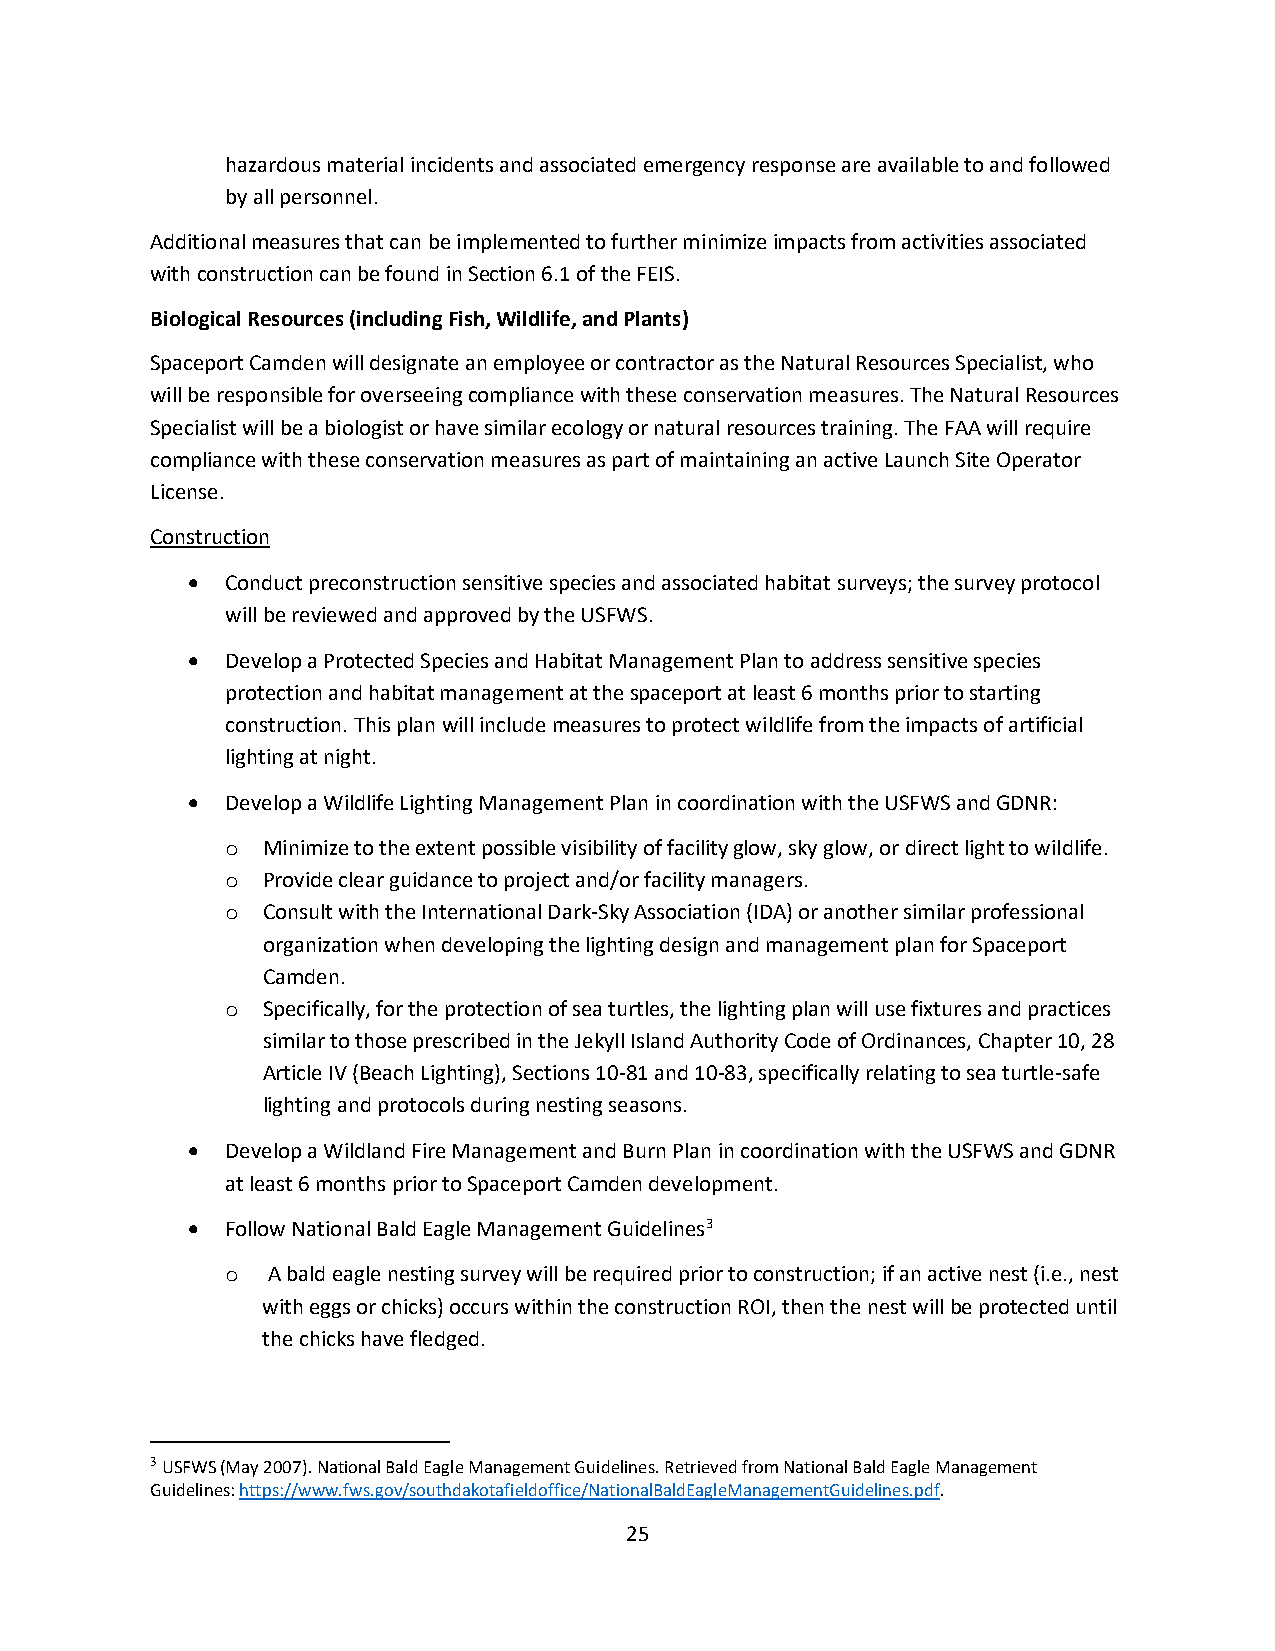
hazardous material incidents and associated emergency response are available to and followed
 by all personnel.
 Additional measures that can be implemented to further minimize impacts from activities associated
 with construction can be found in Section 6.1 of the FEIS.
 Biological Resources (including Fish, Wildlife, and Plants)
 Spaceport Camden will designate an employee or contractor as the Natural Resources Specialist, who
 will be responsible for overseeing compliance with these conservation measures. The Natural Resources
 Specialist will be a biologist or have similar ecology or natural resources training. The FAA will require
 compliance with these conservation measures as part of maintaining an active Launch Site Operator
 License.
 Construction
 •  Conduct preconstruction sensitive species and associated habitat surveys; the survey protocol
 will be reviewed and approved by the USFWS.
 •  Develop a Protected Species and Habitat Management Plan to address sensitive species
 protection and habitat management at the spaceport at least 6 months prior to starting
 construction. This plan will include measures to protect wildlife from the impacts of artificial
 lighting at night.
 •  Develop a Wildlife Lighting Management Plan in coordination with the USFWS and GDNR:
 Minimize to the extent possible visibility of facility glow, sky glow, or direct light to wildlife.
 o
 Provide clear guidance to project and/or facility managers.
 o
 Consult with the International Dark-Sky Association (IDA) or another similar professional
 o
 organization when developing the lighting design and management plan for Spaceport
 Camden.
 Specifically, for the protection of sea turtles, the lighting plan will use fixtures and practices
 o
 similar to those prescribed in the Jekyll Island Authority Code of Ordinances, Chapter 10, 28
 Article IV (Beach Lighting), Sections 10-81 and 10-83, specifically relating to sea turtle-safe
 lighting and protocols during nesting seasons.
 •  Develop a Wildland Fire Management and Burn Plan in coordination with the USFWS and GDNR
 at least 6 months prior to Spaceport Camden development.
 •  Follow National Bald Eagle Management Guidelines3
 A bald eagle nesting survey will be required prior to construction; if an active nest (i.e., nest
 o
 with eggs or chicks) occurs within the construction ROI, then the nest will be protected until
 the chicks have fledged.
 3 USFWS (May 2007). National Bald Eagle Management Guidelines. Retrieved from National Bald Eagle Management
 Guidelines: https://www.fws.gov/southdakotafieldoffice/NationalBaldEagleManagementGuidelines.pdf.
 25